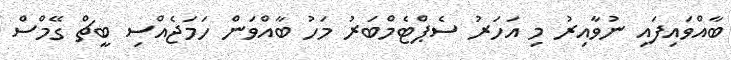
ބާއްވައިފައި ނުވާއިރު މި އަހަރު ސެޕްޓެމްބަރު މަހު ބާއްވަން ހަމަޖެއްސި ބީޗް ގޭމްސް